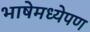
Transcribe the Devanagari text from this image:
भाषेमध्येपण